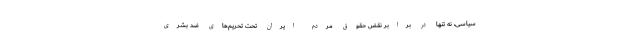
سیاسی، نه تنها در برابر نقض حقوق مردم ایران تحت تحریم‌های ضد بشری